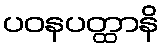
ပဝနပတ္ထာနိ